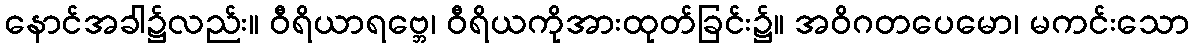
နောင်အခါ၌လည်း။ ဝီရိယာရဗ္ဘေ၊ ဝီရိယကိုအားထုတ်ခြင်း၌။ အဝိဂတပေမော၊ မကင်းသော